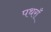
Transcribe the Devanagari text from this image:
पथराँ